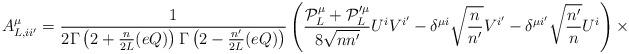
LaTeX: \begin{align*}A^{\mu}_{L,ii'}= \frac{1}{2\Gamma\left(2+\frac{n}{2L}(eQ)\right) \Gamma\left(2-\frac{n'}{2L}(eQ)\right)} \left(\frac{{\cal P}_{L}^{\mu} + {\cal P}_{L}'^{\mu}}{8\sqrt{nn'}}U^{i}V^{i'} -\delta^{\mu i}\sqrt{\frac{n}{n'}}V^{i'} -\delta^{\mu i'}\sqrt{\frac{n'}{n}}U^{i}\right) \times\end{align*}